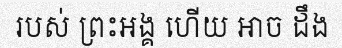
របស់ ព្រះអង្គ ហើយ អាច ដឹង